Scottish Leaving Certificate Examination, 1954
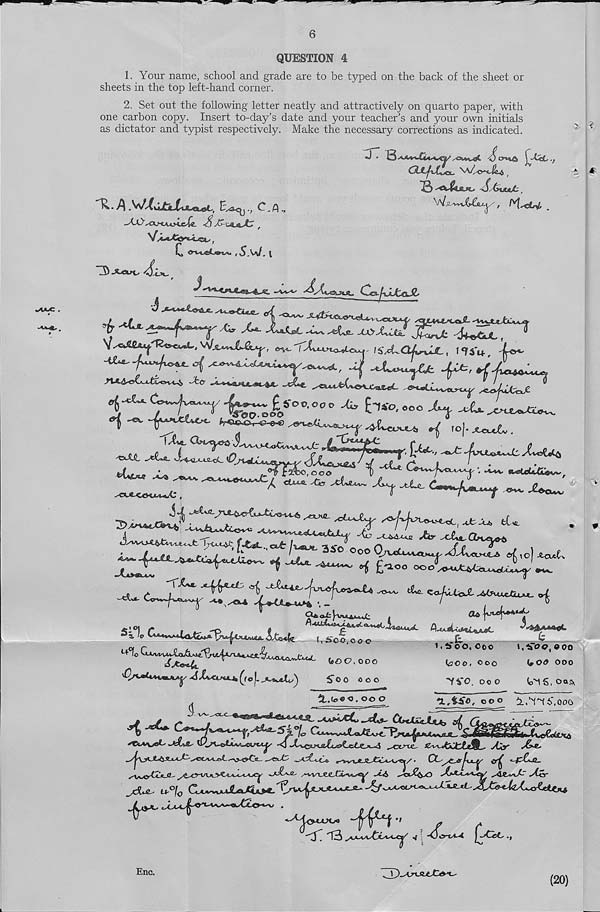
6
QUESTION 4
1. Your name, school and grade are to be typed on the back of the sheet or
sheets in the top left-hand corner.
2. Set out the following letter neatly and attractively on quarto paper, with
one carbon copy. Insert to-day’s date and your teacher’s and your own initials
as dictator and typist respectively. Make the necessary corrections as indicated.
H. f\., C.a.,
_
- / bO'xXMA^>cc^«. S yC-utjS^tr ,
C &T*jeLienA.
. t
'
^
^
^
^ ^4^ JXrXjMZ JUrJ: -4±cJjdL ,
“
''T a ’
— ^ ^
'-‘•Jzs'.y.CyCU-f., 1‘M'it,
J/.
/~tfco~l jfcc
^
t .
.
' .. ^
P |
-t£&a^ •
c p~f^r 'fenl/ 00 - 00 °
°o
2u.
*h>&AJ8
s<K*-<X>*JisU*AZ ,
i
■■ -^y'-v a*stxlU&&vk' f
<Am JZo JzLsu^,
-vLfL-
<S-VA.
Y
®
--* * 1
a*
A
‘Y’fo
'Qh* 1 *******Y ^^fo |.
(#£» <7, OOO
^OO OOO
« . o© o
1. ifoo, Coo
(^700, OOO
•VVO. oo o
i.tToc.ooo
(, 0<9 OOO
(o'is, Oa&
a,iifO, ooo iL.^^6',000
Cu^UZtXjUs
it»>Xv©6e(£P(^
^CiyVViety
^Cwe$j>ta£{y<>€_C^Cy<—cS ^Cl^tX- SLv^Jtm.'t’f Afr . AZZy* »^e-
^cYm’Y
CL-'-fZ&O-
_^dU- u-%
jU^
■
a f.
"13 ^AAA^XAytCl/ ^ I -0©-t/«-4 J4 Mic.
Enc.
(20)